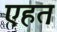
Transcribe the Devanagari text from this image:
एहत